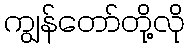
ကျွန်တော်တို့လို